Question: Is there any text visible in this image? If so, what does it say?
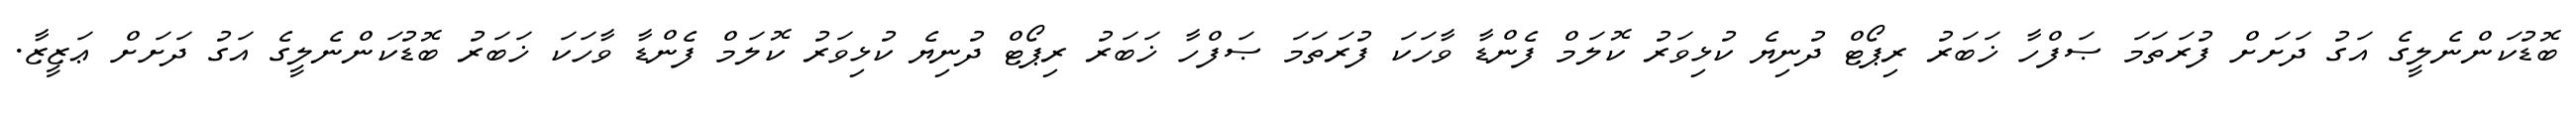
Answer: ބޮޑުކަންނެލީގެ އަގު ދަށަށް ފުރަތަމަ ޞަފްހާ ޚަބަރު ރިޕޯޓް ދުނިޔެ ކުޅިވަރު ކޮލަމް ފެންޑާ ވާހަކަ ފުރަތަމަ ޞަފްހާ ޚަބަރު ރިޕޯޓް ދުނިޔެ ކުޅިވަރު ކޮލަމް ފެންޑާ ވާހަކަ ޚަބަރު ބޮޑުކަންނެލީގެ އަގު ދަށަށް ޢަޒީޒާ.